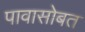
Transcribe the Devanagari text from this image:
पावासोबत